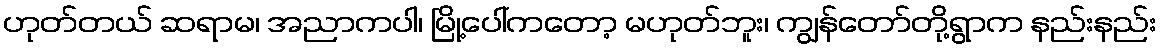
ဟုတ်တယ် ဆရာမ၊ အညာကပါ၊ မြို့ပေါ်ကတော့ မဟုတ်ဘူး၊ ကျွန်တော်တို့ရွာက နည်းနည်း